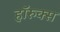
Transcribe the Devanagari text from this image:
हॉरुक्स